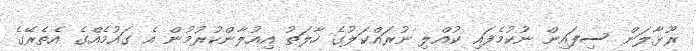
ރޫޅާލަން ސިފައިން ނުކުމެފައި ކުއްލި ނުރައްކަލުގެ ހާލަތު އިއުލާންކުރުމުން އެ ގައުމެއްގެ އެތެރޭގެ